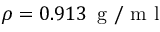
\rho = 0 . 9 1 3 \, \mathrm { ~ g ~ / ~ m ~ l ~ }